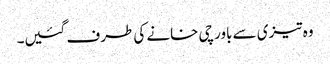
وہ تیزی سے باورچی خانے کی طرف گئیں۔